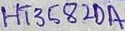
Text: HT3582DA